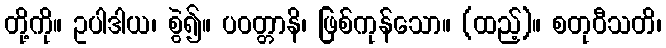
တို့ကို။ ဥပါဒါယ၊ စွဲ၍။ ပဝတ္တာနိ၊ ဖြစ်ကုန်သော။ (ထည့်)။ စတုဝီသတိ၊